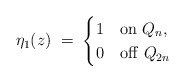
\begin{align*}\eta_1 (z) \; = \;\begin{cases}1 & \mathrm{on} \; Q_{n},\\0 & \mathrm{off} \; Q_{2n}\end{cases}\end{align*}